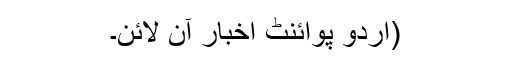
(اُردو پوائنٹ اخبار آن لائن۔